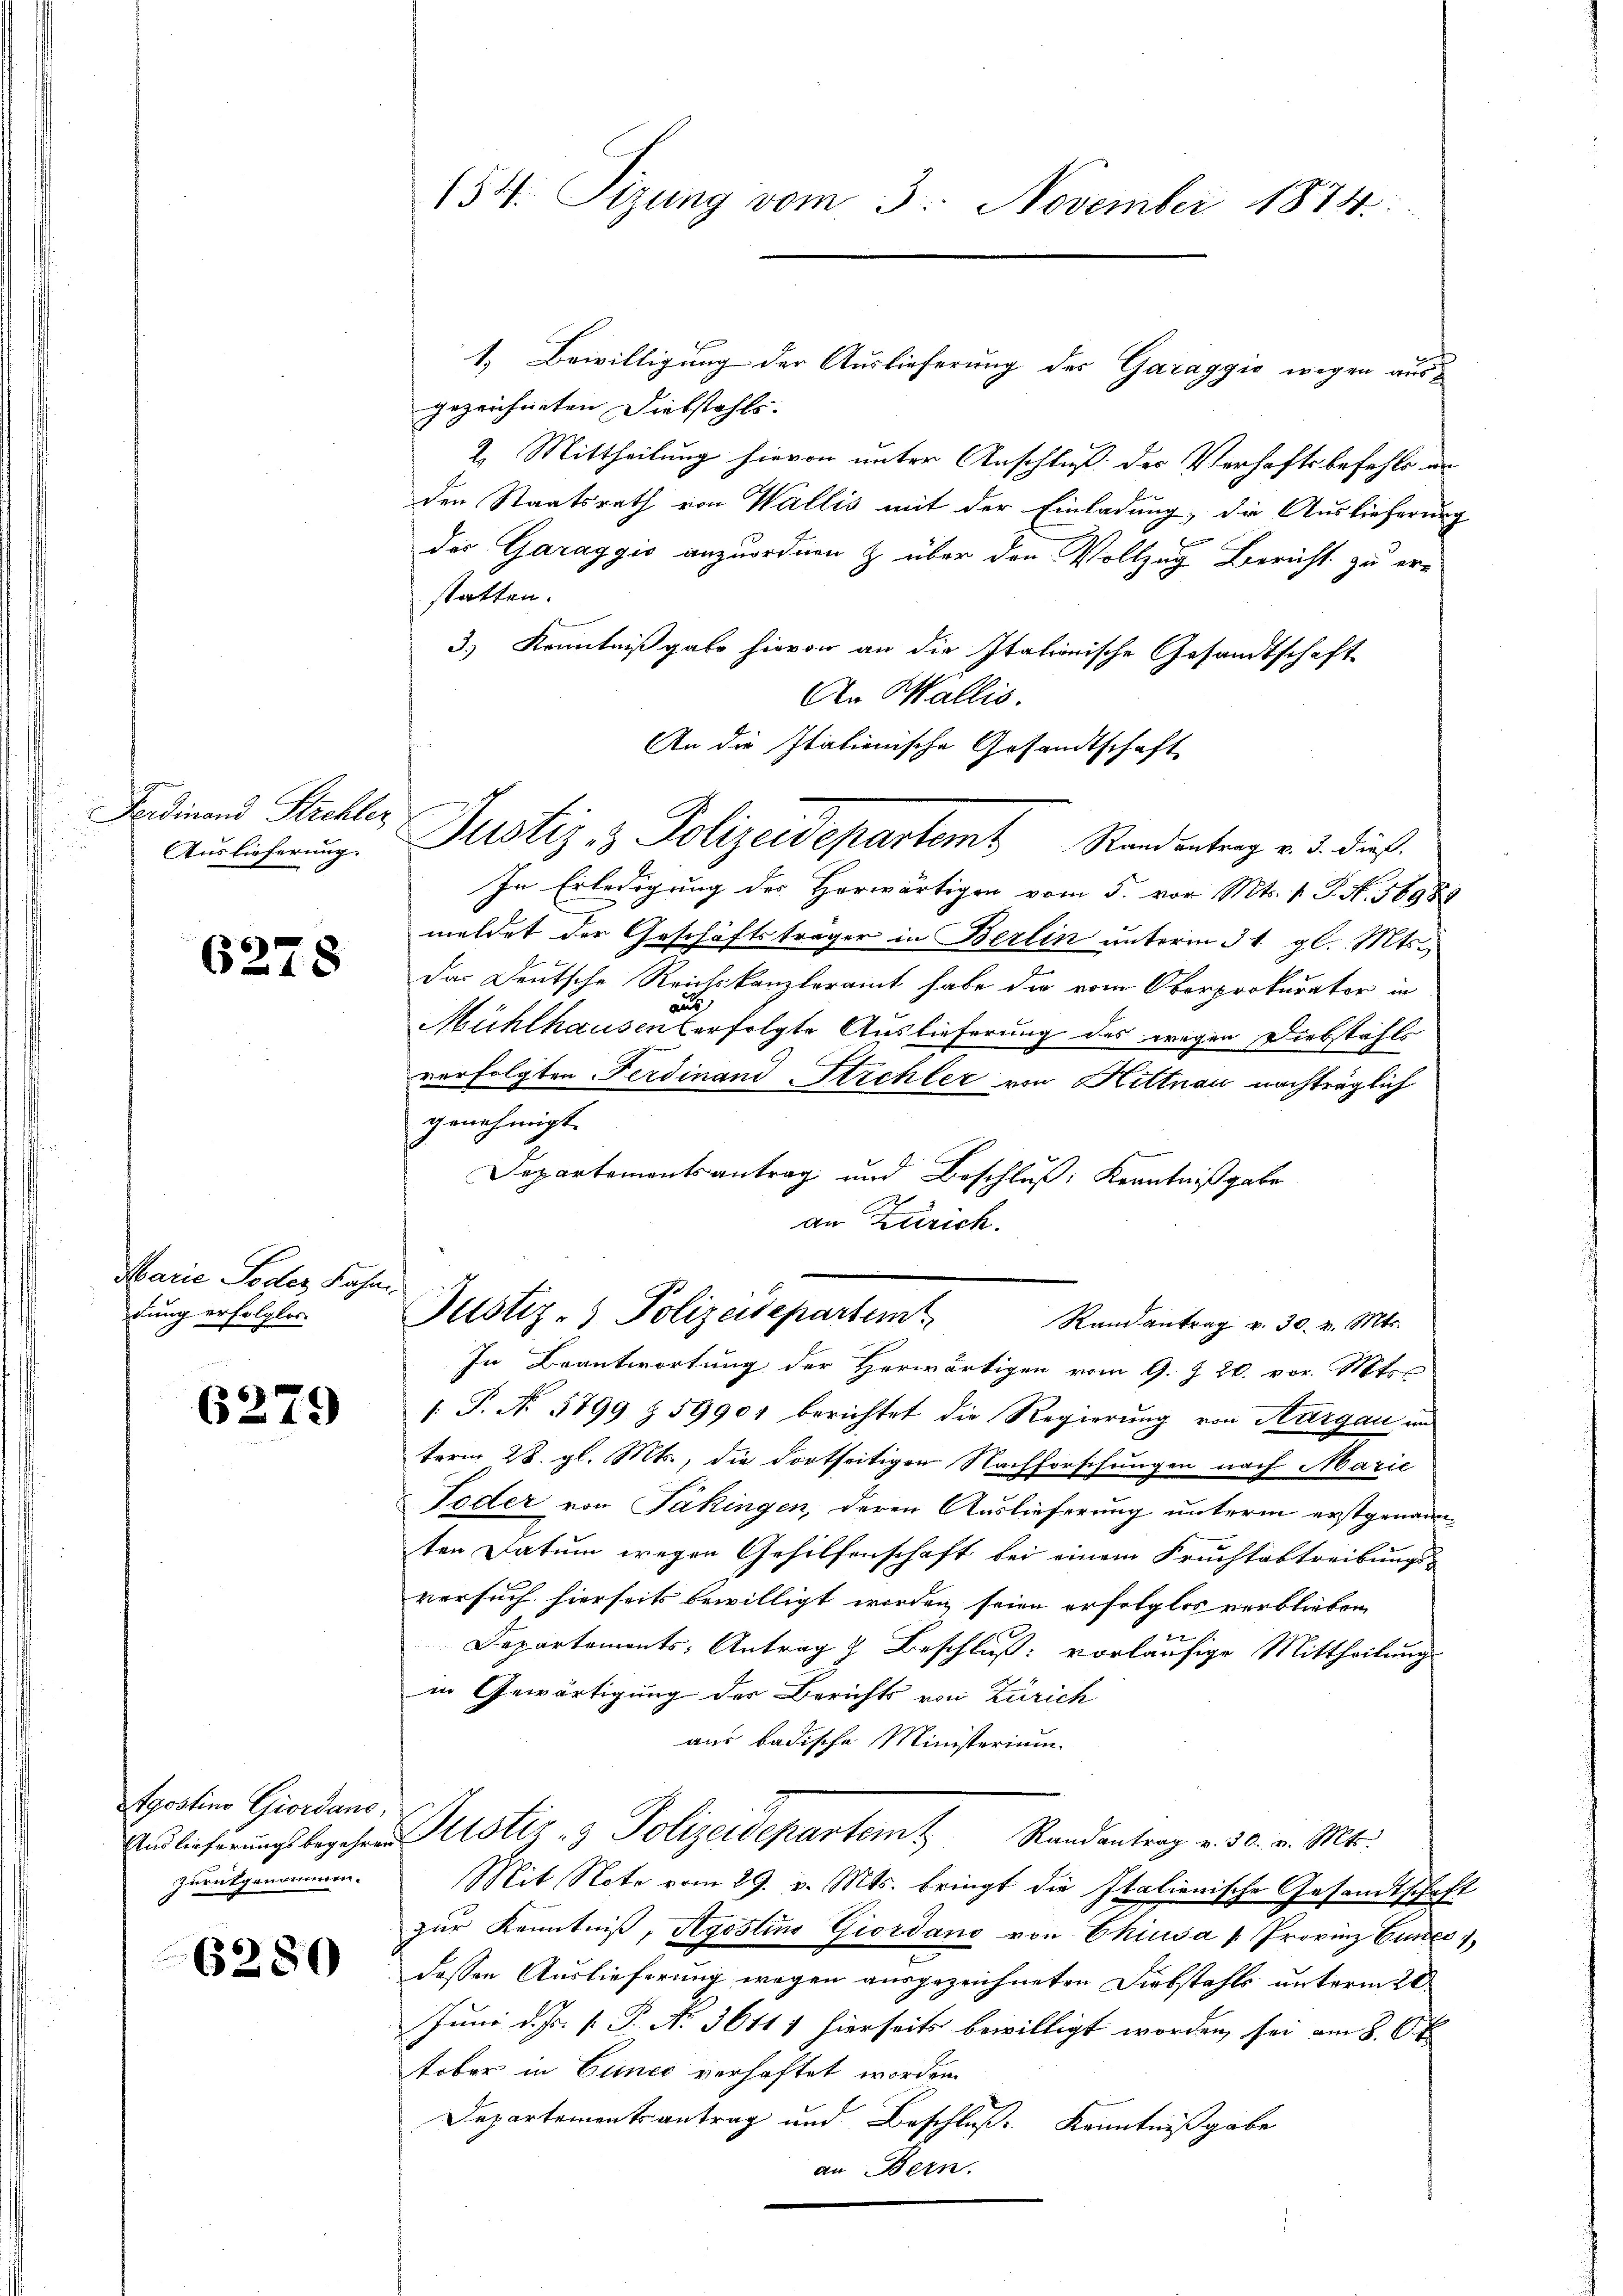
Ferdinand Strehler
Auslieferung.

6278

Marie Soder Bahn.
dung erfolglos.

6279

Apostino Giordano,
Auslieferungsbegehren
zurückgenommen.

6280

154. Sizung vom 3. November 1874.

Justiz & Polizeidepartemt Randantrag v. 3. dieß.

1. Bewilligung der Auslieferung des Garaggić wegen ausgezeichneten Diebstahls
2. Mittheilung hievon unter Anschluß des Verhaftsbefehls a
den Staatsrath von Wallis mit der Einladung, die Auslieferin
des Garaggis anzuordnen & über den Vollzug Bericht zu erstatten.
3.) Kenntnißgabe hievon an die Italionische Gesandtschaft
An Wallis.
An die Italienische Gesandtschaft
In Erledigung des Horwärtigen vom 5. vor Mts. 1 S. N. 5898
meldet der Geschäftsträger in Berlin unterm 31. gl. Mts.
das Deutsche Reichskanzleramt habe die vom Oberprokurator in
aus
Mühlhausen verfolgte Auslieferung des wegen Diebstahls
verfolgten Ferdinand Stichler von Hittnau nachträglich
genehmigt.
Departementsantrag und Beschluß: Kenntnißgabe
an Zürich.
Justiz- & Polizeisepartem
Randantrag u. 30. v. Mts.
In Beantwortung der Herwärtigen vom 9. J. 20. vor. Mts
[ P. No 1799 § 59904 berichtet die Regierung von Thurgau im
term 28. gl. Mts., die dortseitigen Nachforschungen nach Marie
Toder von Pakingen, deren Auslieferung unterm erstgenann
ten Datum wegen Gehilfenschaft bei einem Fruchtabtreibungs-
versuch hierseits bewilligt werden seien erfolglos verblieben
r
Departements-Antrag & Beschluß: vorläufige Mittheilung
in Gewärtigung des Berichts von Zürich
aus badische Ministerium
Justiz- & Polizeidepartem Randantrag v. 30. v. Mts.
Mit Note vom 29. v. Mts. bringt die Italienische Gesandtsch
zur Kenntniß, Stgestins Giordano von Chiusa " Provinz Gun
dessen Auslieferung wegen ausgezeichneten Diebstahls unterm 20.
Juni d. Js. v. P. N. 36111 hierseits bewilligt worden, sei am 8. Ok
tober in Cance verhaftet worden.
Departementsantrag und Beschluß Kenntnißgabe